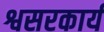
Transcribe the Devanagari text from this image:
श्वसरकार्य